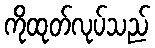
ကိုထုတ်လုပ်သည်